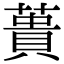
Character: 蕢